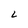
Character: L